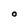
Character: O